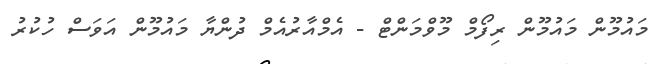
މައުމޫން މައުމޫން ރިފޯމް މޫވްމަންޓް - އެމްއާރުއެމް ދުންޔާ މައުމޫން އަވަސް ހުކުރު